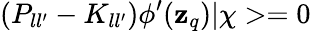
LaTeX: (P_{ll^{\prime}}-K_{ll^{\prime}})\phi^{\prime}(\mathbf{z}_{q})|\chi>=0